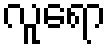
လူရော